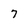
Character: 7